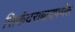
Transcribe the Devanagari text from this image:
सिकंदराबादपर्यंत